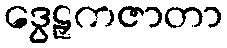
ဒွေဠှကဇာတာ